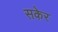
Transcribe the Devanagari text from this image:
सकेर